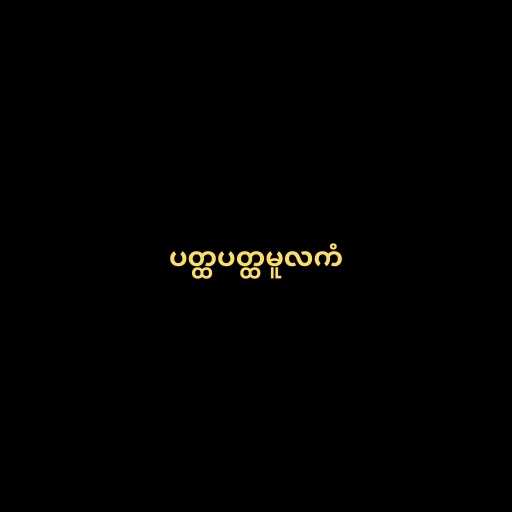
ပတ္ထပတ္ထမူလကံ